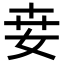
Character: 𡜦